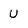
Character: U